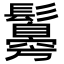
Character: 䰓